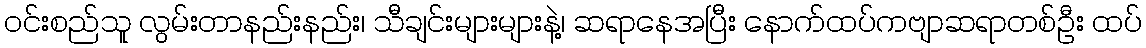
ဝင်းစည်သူ လွမ်းတာနည်းနည်း၊ သီချင်းများများနဲ့၊ ဆရာနေအပြီး နောက်ထပ်ကဗျာဆရာတစ်ဦး ထပ်